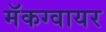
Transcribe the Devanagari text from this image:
मॅकग्वायर